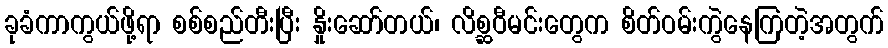
ခုခံကာကွယ်ဖို့ရာ စစ်စည်တီးပြီး နှိုးဆော်တယ်၊ လိစ္ဆဝီမင်းတွေက စိတ်ဝမ်းကွဲနေကြတဲ့အတွက်